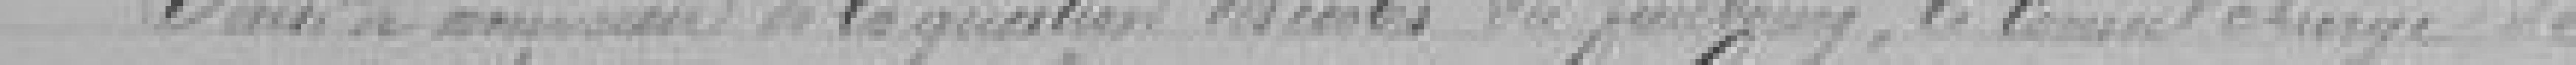
Suite de ?? de la question des écoles du faubourg , le Conseil charge de